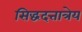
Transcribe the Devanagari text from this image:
सिद्धदत्तात्रेय